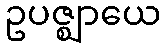
ဥပဇ္ဈာယေ